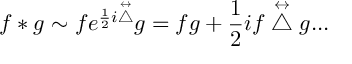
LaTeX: f * g \sim f e ^ { \frac { 1 } { 2 } i \stackrel { \leftrightarrow } { \bigtriangleup } } g = f g + \frac { 1 } { 2 } i f \stackrel { \leftrightarrow } { \bigtriangleup } g . . .